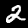
Digit: 2